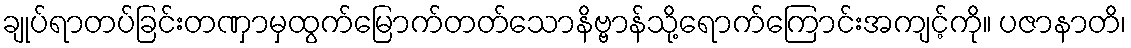
ချုပ်ရာတပ်ခြင်းတဏှာမှထွက်မြောက်တတ်သောနိဗ္ဗာန်သို့ရောက်ကြောင်းအကျင့်ကို။ ပဇာနာတိ၊